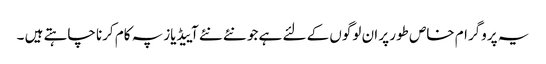
یہ پروگرام خاص طور پر ان لوگوں کے لئے ہے جو نئے نئے آییڈیاز پہ کام کرنا چاہتے ہیں ۔